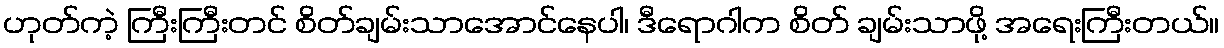
ဟုတ်ကဲ့ ကြီးကြီးတင် စိတ်ချမ်းသာအောင်နေပါ၊ ဒီရောဂါက စိတ် ချမ်းသာဖို့ အရေးကြီးတယ်။